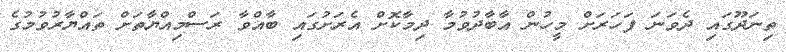
ތިނަދޫގައި ދެވަނަ ފަހަރަށް މީހުން އާބާދުވުމާ ދިމާކޮށް އެރަށުގައި ބާއްވާ ރަސްމިއްޔާތަށް ތައްޔާރުވުމުގެ